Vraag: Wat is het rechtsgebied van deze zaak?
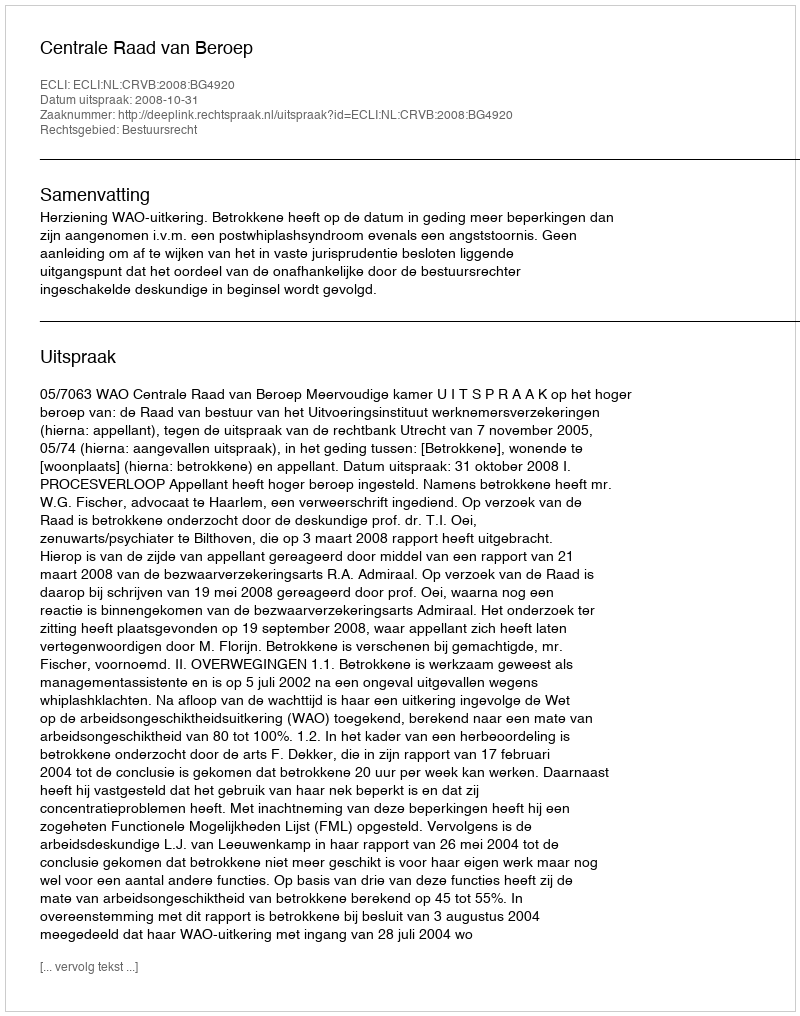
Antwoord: Bestuursrecht